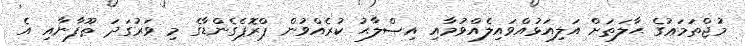
މުޖްތަމަޢުގެ ޙާލަތަށް އަލިއަޅުއްވައިލެއްވުމާއި އިޞްލާޙު ކުރެއްވުން ޕްރޮޕެގެންޑާގެ މި ވަރުގަދަ ޠޫފާނާއި އެ